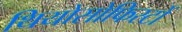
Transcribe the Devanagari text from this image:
थियोसोफिस्टों